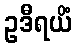
ဥဒီရယိံ